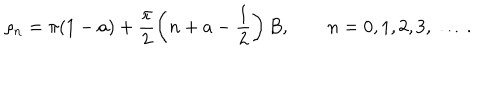
\rho _ { n } = \pi ( 1 - a ) + \frac { \pi } { 2 } \left( n + a - \frac { 1 } { 2 } \right) B , \qquad n = 0 , 1 , 2 , 3 , \ \dots .